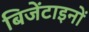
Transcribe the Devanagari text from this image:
बिजेंटाइनों